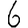
Digit: 6